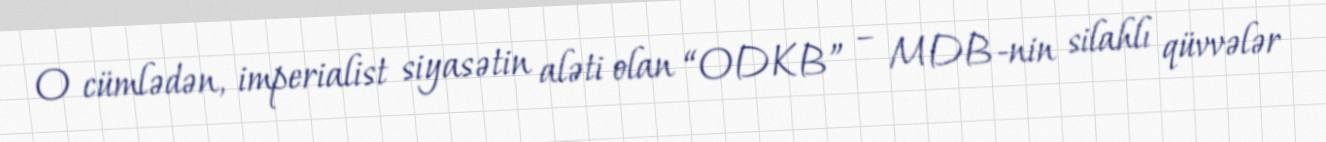
O cümlədən, imperialist siyasətin aləti olan “ODKB” – MDB-nin silahlı qüvvələr